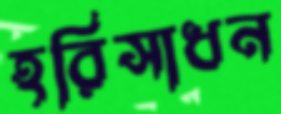
হরিসাধন